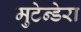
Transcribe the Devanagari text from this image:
मुटेन्डेरा